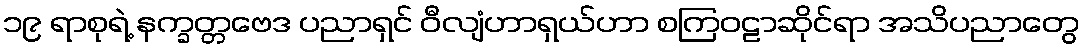
၁၉ ရာစုရဲ့ နက္ခတ္တဗေဒ ပညာရှင် ဝီလျံဟာရှယ်ဟာ စကြဝဠာဆိုင်ရာ အသိပညာတွေ